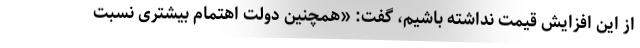
از این افزایش قیمت نداشته باشیم، گفت: «همچنین دولت اهتمام بیشتری نسبت